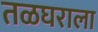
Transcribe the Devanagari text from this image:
तळघराला